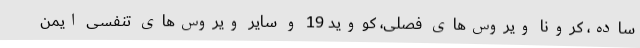
ساده، کرونا ویروس‌های فصلی، کووید 19 و سایر ویروس‌های تنفسی ایمن